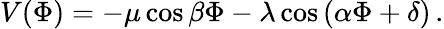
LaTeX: V(\Phi)=-\mu\cos\beta\Phi-\lambda\cos\left(\alpha\Phi+\delta\right)\, .